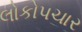
લોકોપચાર